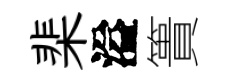
棐溢簣